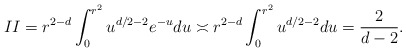
\begin{align*}II=r^{2-d}\int_0^{r^2} u^{d/2-2}e^{-u}du\asymp r^{2-d}\int_0^{r^2} u^{d/2-2}du=\frac{2}{d-2}.\end{align*}